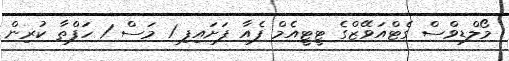
މޯލްޑިވްސް ގެޓްއަވޭޒްގެ ޓީޓީއެމް ފެއާ ފަށައިފި 1 މަސް 1 ހަފްތާ ކުރިން